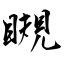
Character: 瞡